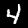
Label: 4